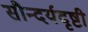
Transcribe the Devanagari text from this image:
सौन्दर्यदृष्टी